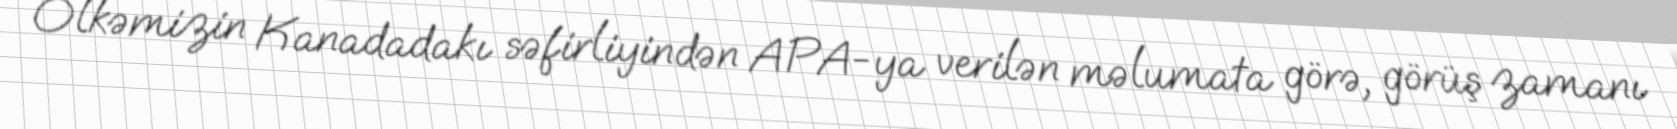
Ölkəmizin Kanadadakı səfirliyindən APA-ya verilən məlumata görə, görüş zamanı